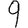
Digit: 9